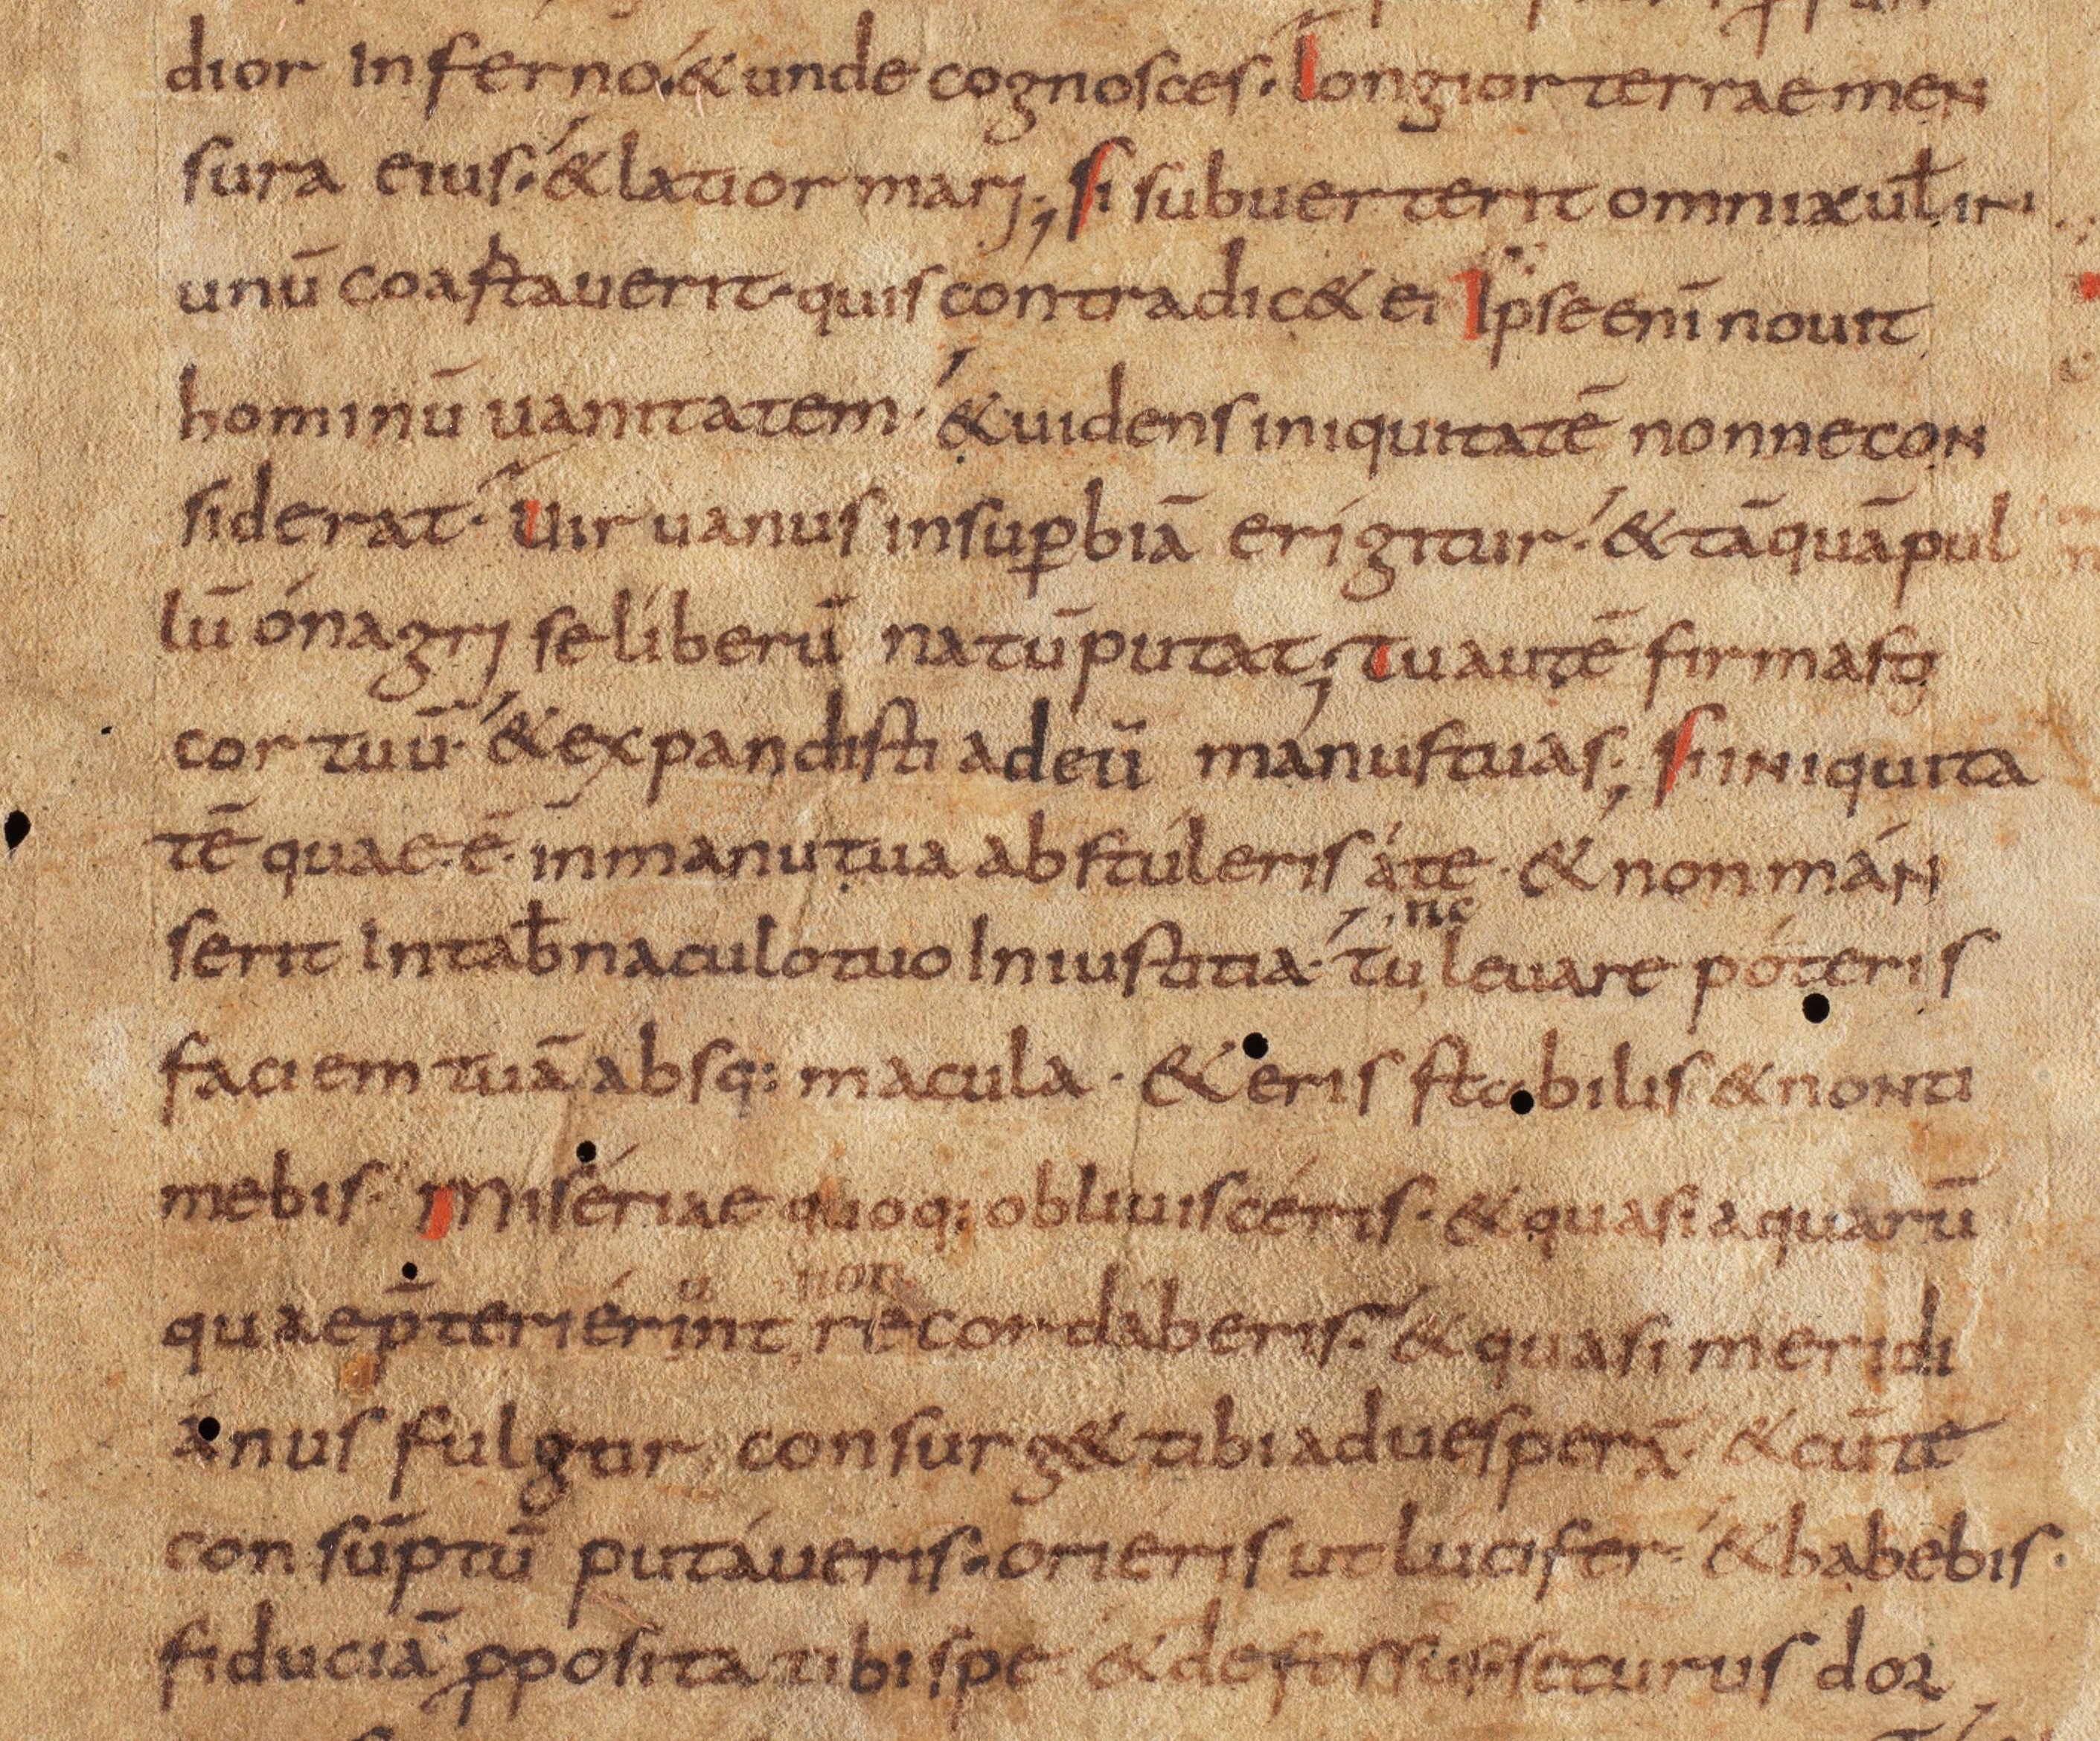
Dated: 800–815